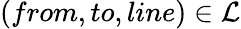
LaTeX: (from,to,line)\in\mathcal{L}